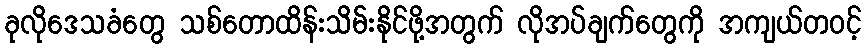
ခုလိုဒေသခံတွေ သစ်တောထိန်းသိမ်းနိုင်ဖို့အတွက် လိုအပ်ချက်တွေကို အကျယ်တဝင့်